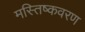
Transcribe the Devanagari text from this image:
मस्तिष्कवरण